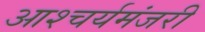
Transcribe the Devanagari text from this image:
आश्चर्यमंजरी